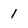
Character: 1